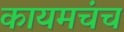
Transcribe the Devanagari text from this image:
कायमचंच